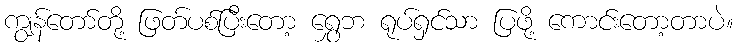
ကျွန်တော်တို့ ဖြတ်ပစ်ပြီးတော့ ရွှေဘ ရုပ်ရှင်သာ ပြဖို့ ကောင်းတော့တာပဲ။